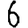
Digit: 6